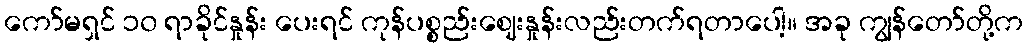
ကော်မရှင် ၁၀ ရာခိုင်နှုန်း ပေးရင် ကုန်ပစ္စည်းဈေးနှုန်းလည်းတက်ရတာပေါ့။ အခု ကျွန်တော်တို့က